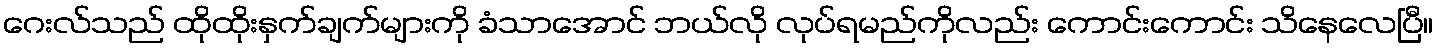
ဂေးလ်သည် ထိုထိုးနှက်ချက်များကို ခံသာအောင် ဘယ်လို လုပ်ရမည်ကိုလည်း ကောင်းကောင်း သိနေလေပြီ။